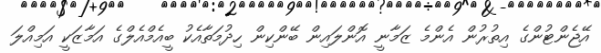
އޭޖެންޓުންގެ އިތުރުން އެންމެ ޒަމާނީ އޮންލައިން ބޭންކިން ހިދުމަތާއެކު ބީއެމްއެލްގެ އަމާޒަކީ އަމިއްލަ